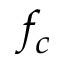
f _ { c }